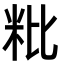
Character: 粃